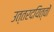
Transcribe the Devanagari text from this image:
उत्तरदयित्वों